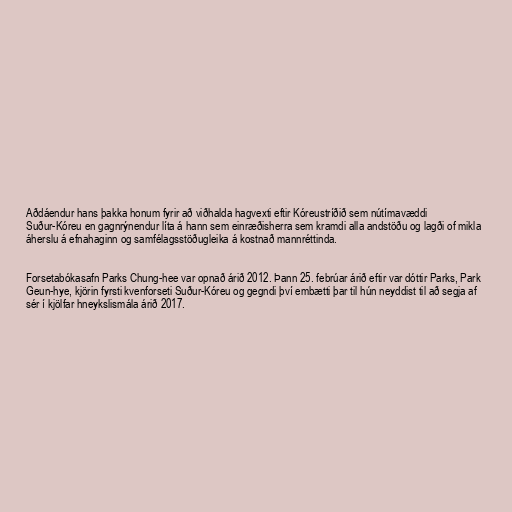
Aðdáendur hans þakka honum fyrir að viðhalda hagvexti eftir Kóreustríðið sem nútímavæddi
Suður-Kóreu en gagnrýnendur líta á hann sem einræðisherra sem kramdi alla andstöðu og lagði of mikla
áherslu á efnahaginn og samfélagsstöðugleika á kostnað mannréttinda.

Forsetabókasafn Parks Chung-hee var opnað árið 2012. Þann 25. febrúar árið eftir var dóttir Parks, Park
Geun-hye, kjörin fyrsti kvenforseti Suður-Kóreu og gegndi því embætti þar til hún neyddist til að segja af
sér í kjölfar hneykslismála árið 2017.